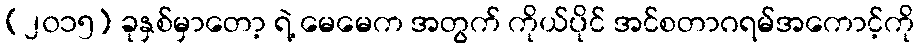
(၂၀၁၅) ခုနှစ်မှာတော့ ရဲ့ မေမေက အတွက် ကိုယ်ပိုင် အင်စတာဂရမ်အကောင့်ကို